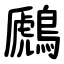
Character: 鷉